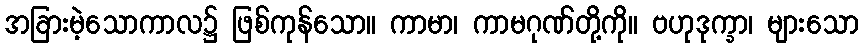
အခြားမဲ့သောကာလ၌ ဖြစ်ကုန်သော။ ကာမာ၊ ကာမဂုဏ်တို့ကို။ ဗဟုဒုက္ခာ၊ များသော